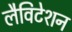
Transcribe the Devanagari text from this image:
लैविटेशन